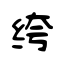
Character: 绔